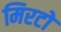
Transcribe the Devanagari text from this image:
मिरटो